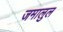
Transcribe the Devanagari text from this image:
जमालुल